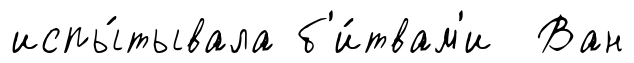
испы́тывала б'и́твам'и Ван